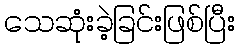
သေဆုံးခဲ့ခြင်းဖြစ်ပြီး